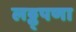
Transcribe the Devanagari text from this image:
लठ्ठ्पणा